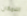
اللامكان